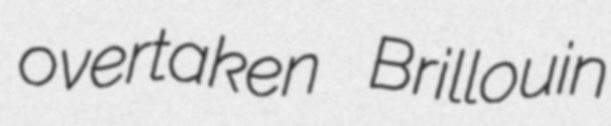
overtaken Brillouin